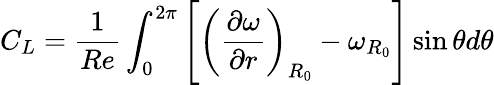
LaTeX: C_{L}=\frac{1}{Re}\int_{0}^{2\pi}\left[\left(\frac{\partial\omega}{\partial r}\right)_{R_{0}}-\omega_{R_{0}}\right]\sin{\theta}d\theta